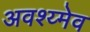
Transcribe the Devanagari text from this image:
अवश्य्मेव